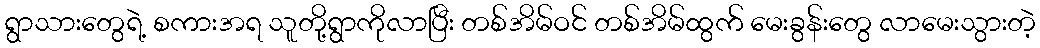
ရွာသားတွေရဲ့ စကားအရ သူတို့ရွာကိုလာပြီး တစ်အိမ်ဝင် တစ်အိမ်ထွက် မေးခွန်းတွေ လာမေးသွားတဲ့